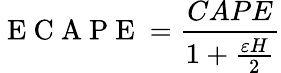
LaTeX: \mathrm{~E~C~A~P~E~}=\frac{CAPE}{1+\frac{\varepsilon H}{2}}